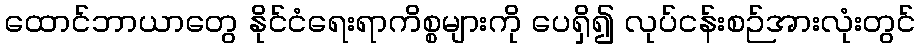
ထောင်ဘာယာတွေ နိုင်ငံရေးရာကိစ္စများကို ပေရှိ၍ လုပ်ငန်းစဉ်အားလုံးတွင်